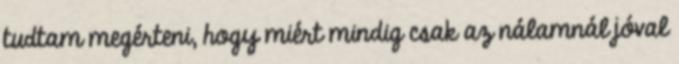
tudtam megérteni, hogy miért mindig csak az nálamnál jóval